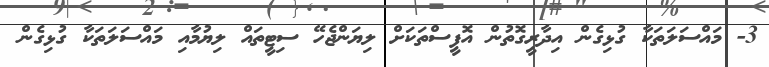
3- މައްސަލަތަކާ ގުޅިގެން އިދާރީގޮތުން އޮފީސްތަކަށް ލިޔަންޖެހޭ ސިޓީތައް ލިޔުމާއި މައްސަލަތަކާ ގުޅިގެން